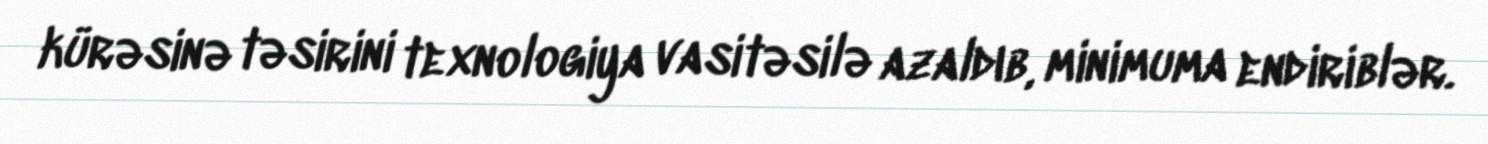
kürəsinə təsirini texnologiya vasitəsilə azaldıb, minimuma endiriblər.